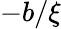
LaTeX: -b/\xi